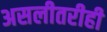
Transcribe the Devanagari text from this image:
असलीतरीही